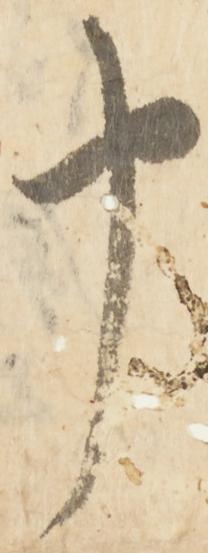
申